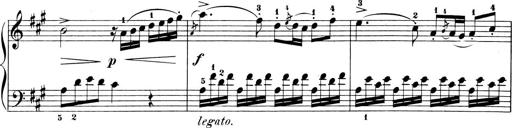
Title: 6 Piano Sonatinas
Composer: Cornelius Gurlitt